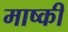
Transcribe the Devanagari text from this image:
माष्की